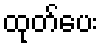
ထုတ်ပေး